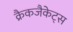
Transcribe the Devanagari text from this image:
क्रैकजैकेट्स